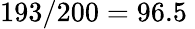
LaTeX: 193/200=96.5\